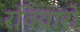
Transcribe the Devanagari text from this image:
रविवारों